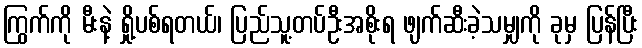
ကြွက်ကို မီးနဲ့ ရှို့ပစ်ရတယ်၊ ပြည်သူ့တပ်ဦးအစိုးရ ဖျက်ဆီးခဲ့သမျှကို ခုမှ ပြန်ပြီး